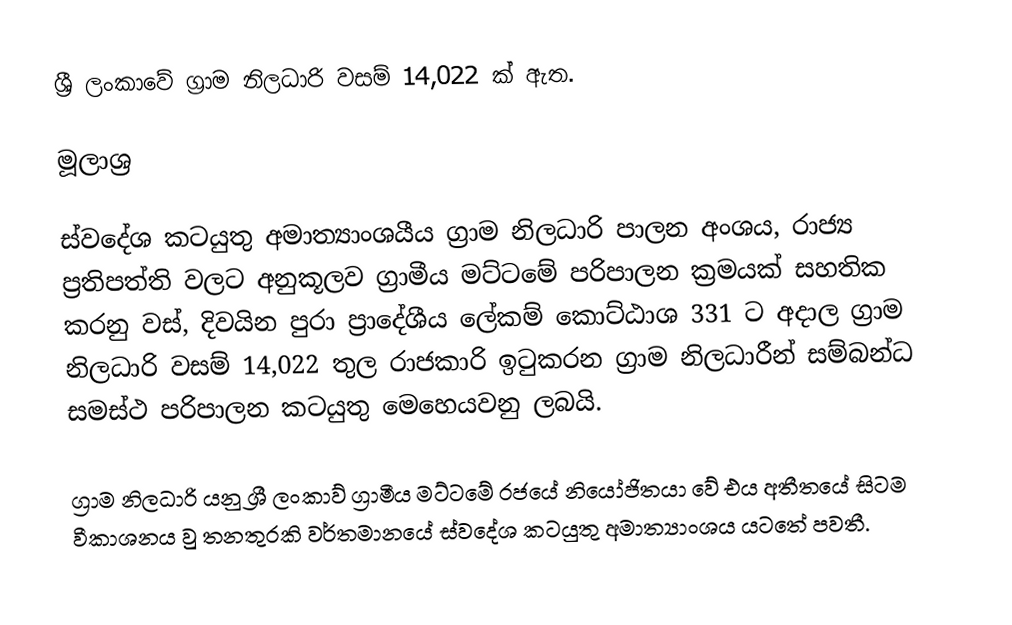
ශ්‍රී ලංකාවේ ග්‍රාම නිලධාරි වසම් 14,022 ක් ඇත.

මූලාශ්‍ර

ස්වදේශ කටයුතු අමාත්‍යාංශයීය ග්‍රාම නිලධාරි පාලන අංශය, රාජ්‍ය ප්‍රතිපත්ති වලට අනුකූලව ග්‍රාමීය මට්ටමේ පරිපාලන ක්‍රමයක් සහතික කරනු වස්, දිවයින පුරා ප්‍රාදේශීය ලේකම් කොට්ඨාශ 331 ට අදාල ග්‍රාම නිලධාරි වසම් 14,022 තුල රාජකාරි ඉටුකරන ග්‍රාම නිලධාරීන් සම්බන්ධ සමස්ථ පරිපාලන කටයුතු මෙහෙයවනු ලබයි.

 ග්‍රාම නිලධාරි යනු ශ්‍රී ලංකාව් ග්‍රාමීය මට්ටමේ රජයේ නියෝජිතයා වේ එය අතීතයේ සිටම වීකාශනය වු තනතුරකි වර්තමානයේ ස්වදේශ කටයුතු අමාත්‍යාංශය යටතේ පවතී.